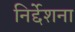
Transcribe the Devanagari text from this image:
निर्द्देशना